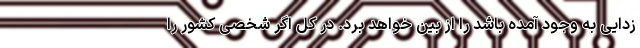
زدایی به وجود آمده باشد را از بین خواهد برد. در کل اگر شخصی کشور را